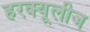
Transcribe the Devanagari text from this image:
हरक्यूलीज